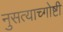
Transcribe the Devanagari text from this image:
नुसत्याच्गोष्टी